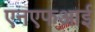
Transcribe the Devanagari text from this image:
एनएफआई